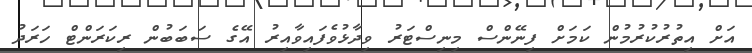
އަށް އިތުރުކުރުމުން ކަމަށް ފިނޭންސް މިނިސްޓަރު ވިދާޅުވެފައިވާއިރު އޭގެ ސަބަބުން ރިކަރަންޓް ހަރަދު